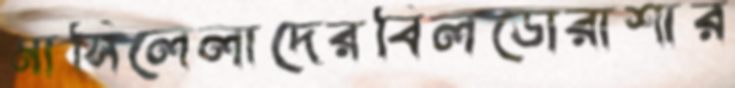
মাসিলেলাদেরবিলডোরাশার